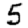
Digit: 5